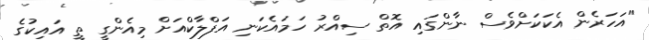
"އަހަރެން އެކަކަށްވެސް ނާންގައި އޮތް ސިއްރު ހަމައެކަނި އަފްލާކްއަށް މިއެންގީ ތީ އައިކުގެ